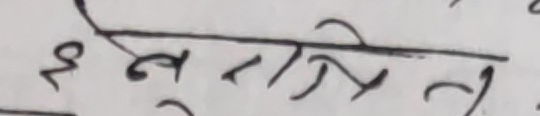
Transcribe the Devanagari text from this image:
इन्तुलत